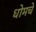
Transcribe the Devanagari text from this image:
धोमचे